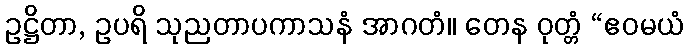
ဥဋ္ဌိတာ, ဥပရိ သုညတာပကာသနံ အာဂတံ။ တေန ဝုတ္တံ “ဧဝမယံ